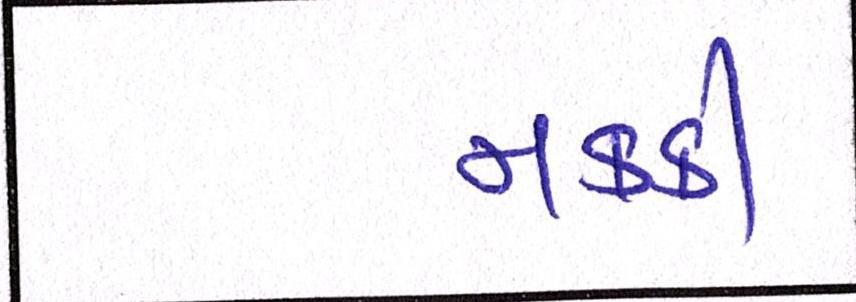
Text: નકકી